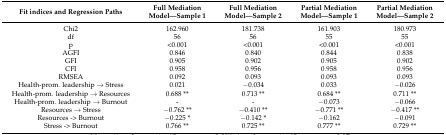
| Fit indices and Regression Paths | Full Mediation Model—Sample 1 | Full Mediation Model—Sample 2 | Partial Mediation Model—Sample 1 | Partial Mediation Model—Sample 2 |
 | --- | --- | --- | --- | --- |
 | Chi2 | 162.960 | 181.738 | 161.903 | 180.973 |
 | df | 56 | 56 | 55 | 55 |
 | p | <0.001 | <0.001 | <0.001 | <0.001 |
 | AGFI | 0.846 | 0.840 | 0.844 | 0.838 |
 | GFI | 0.905 | 0.902 | 0.905 | 0.902 |
 | CFI | 0.958 | 0.956 | 0.958 | 0.956 |
 | RMSEA | 0.092 | 0.093 | 0.093 | 0.093 |
 | Health-prom. leadership → Stress | 0.021 | −0.034 | 0.033 | −0.026 |
 | Health-prom. leadership → Resources | 0.688 ** | 0.713 ** | 0.684 ** | 0.711 ** |
 | Health-prom. leadership → Burnout | - | - | −0.073 | −0.066 |
 | Resources → Stress | −0.762 ** | −0.410 ** | −0.771 ** | −0.417 ** |
 | Resources -> Burnout | −0.225 * | −0.142 * | −0.162 | −0.091 |
 | Stress -> Burnout | 0.766 ** | 0.725 ** | 0.777 ** | 0.729 ** |